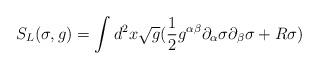
LaTeX: \begin{align*}S_L (\sigma,g)=\int d^2 x\sqrt g (\frac{1}{2}g^{\alpha\beta}\partial_\alpha\sigma\partial_\beta\sigma + R\sigma)\end{align*}